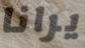
يرانا